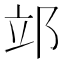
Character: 𨚪